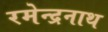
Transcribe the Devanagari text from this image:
रमेन्द्रनाथ